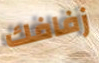
زفافك